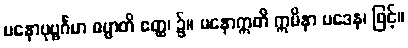
မနောပုဗ္ဗင်္ဂမာ ဓမ္မာတိ ဧတ္ထ၊ ၌။ မနောဣတိ ဣမိနာ ပဒေန၊ ဖြင့်။